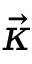
\vec { \kappa }